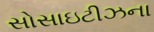
સોસાઇટીઝના